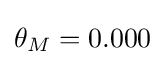
\theta _{M}=0.000